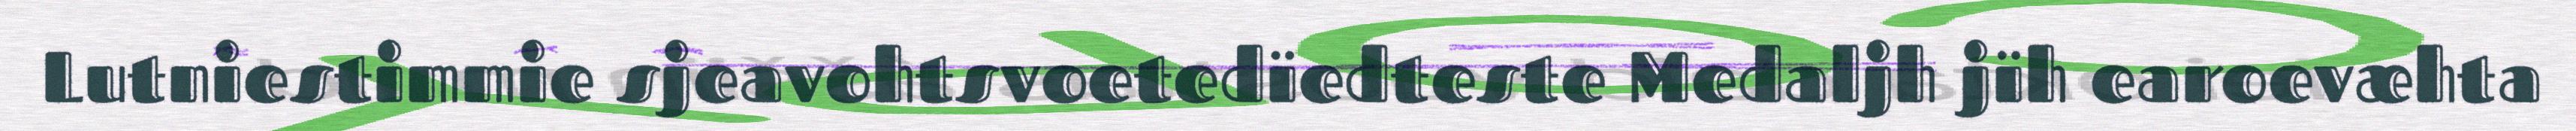
Lutniestimmie sjeavohtsvoetedïedteste Medaljh jïh earoevæhta